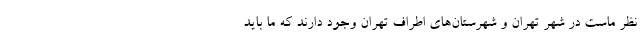
نظر ماست در شهر تهران و شهرستان‌های اطراف تهران وجود دارند که ما باید